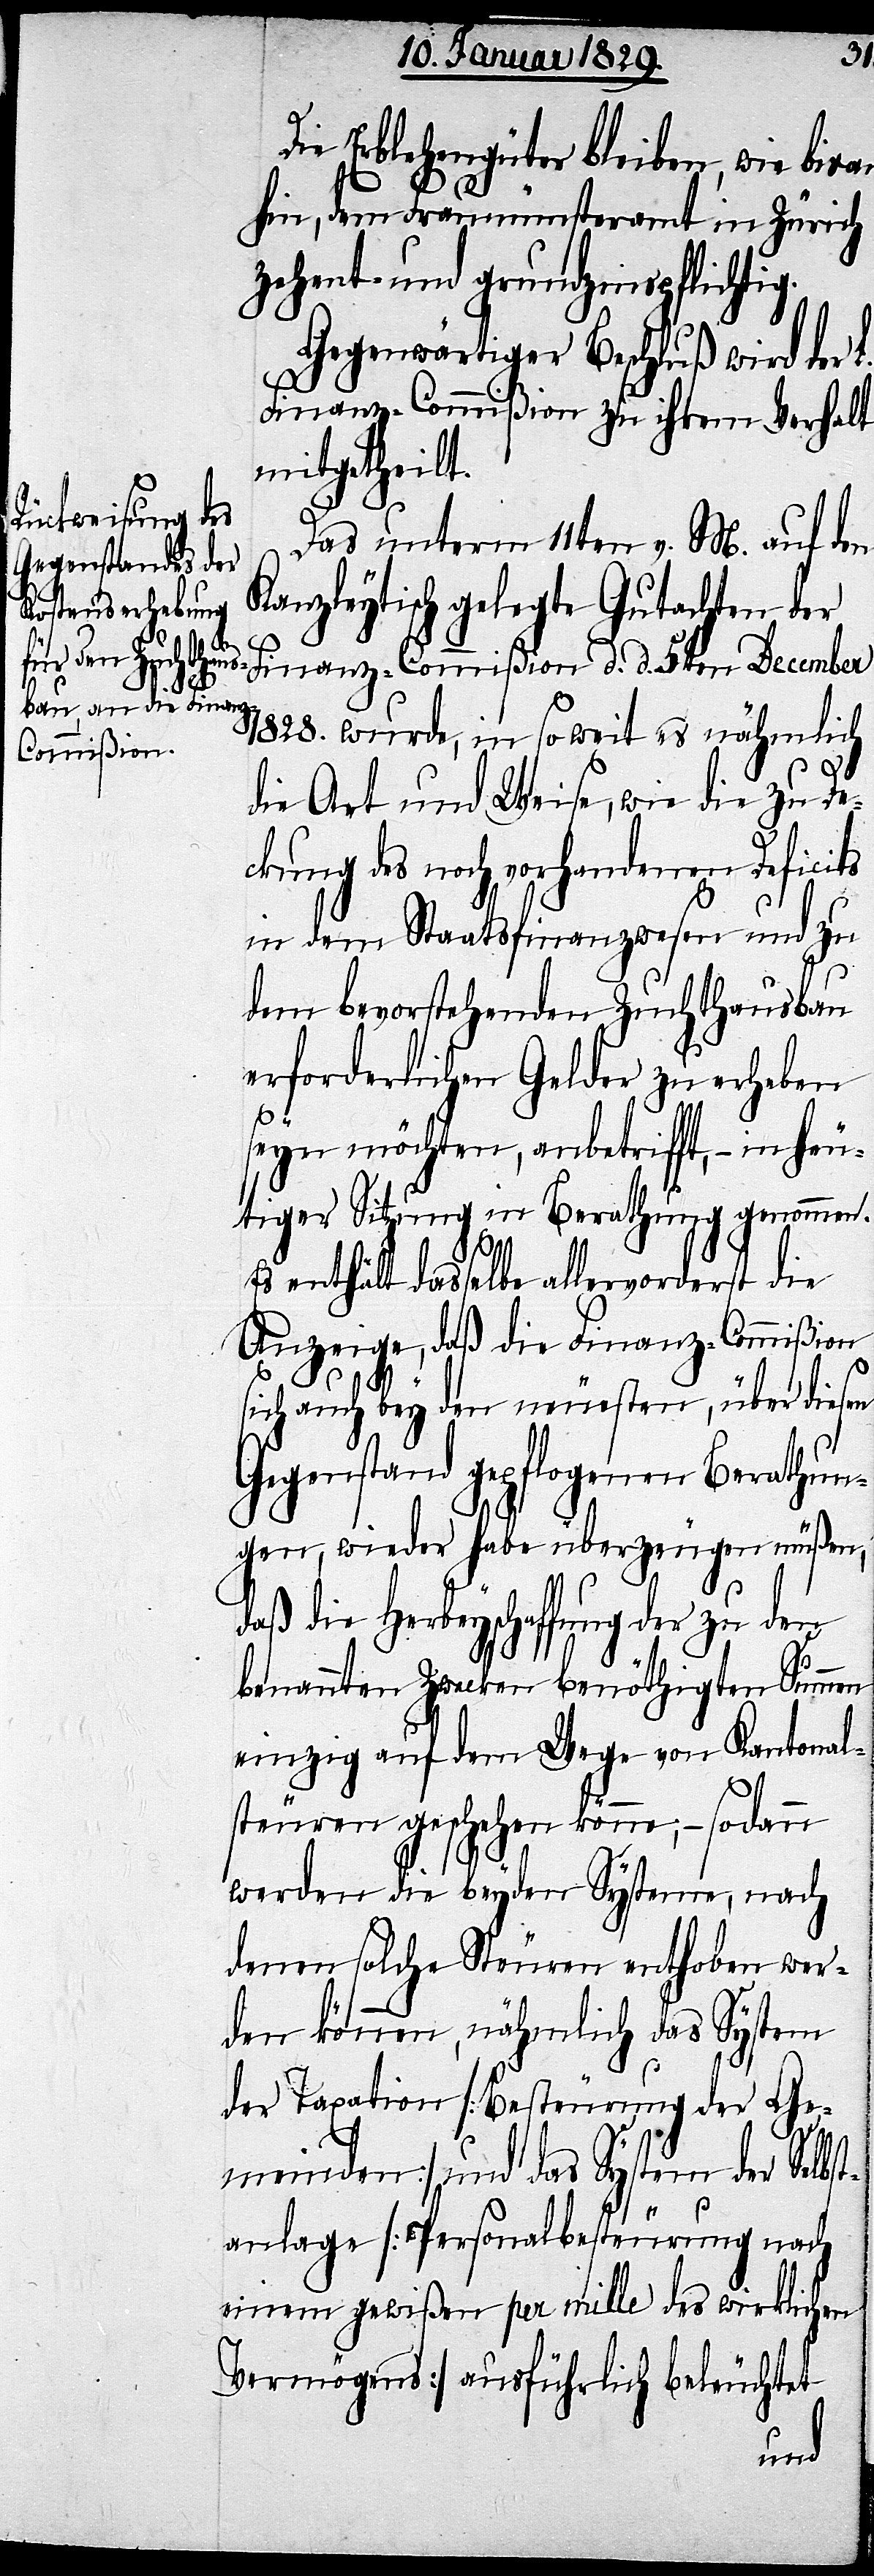
Die Erblehengüter bleiben, wie bis
hin, dem Fraumünsteramt in Zürich
zehent- und grundzinspflichtig.
Gegenwärtiger Beschluß wird der
L.
Finanz-Commißion zu ihrem Verhalt
mitgetheilt.
Das unterm 11ten v. M. auf den
Kanzleytisch gelegte Gutachten der
Finanz-Commißion d. d. 3ten December
bst¬
1828. wurde, in soweit es nähmlich
die Art und Weise, wie die zu De¬
ckung des noch vorhandenen Deficits
in dem Staatsfinanzwesen und zu
dem bevorstehenden Zuchthausbau
erforderlichen Gelder zu erheben
seyn möchten, anbetrifft,– in heu¬
tiger Sitzung in Berathung genommen.
Es enthält dasselbe allervorderst die
Anzeige, daß die Finanz-Commißion
sich auch bey den neuesten, über diesen
Gegenstand gepflogenen Berathun¬
gen, wieder habe überzeugen müßen,
daß die Herbeyschaffung der zu den
benannten Zwecken benöthigten Summen
einzig auf dem Wege von Kantonal¬
steuren geschehen könne;– sodann
werden die beyden Systeme, nach
denen solche Steuren enthoben wer¬
den können, nähmlich das System
der Taxation [Besteurung der Ge¬
meinden] und das System der Sel¬
anlage [Personalbesteurung nach
einem gewißen per mille des wirklichen
Vermögens] ausführlich beleuchtet